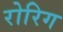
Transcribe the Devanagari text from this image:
रोरिग